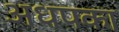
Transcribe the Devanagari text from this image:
अधपका